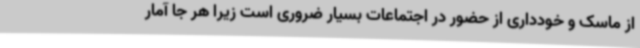
از ماسک و خودداری از حضور در اجتماعات بسیار ضروری است زیرا هر جا آمار